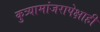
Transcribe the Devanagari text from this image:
कुत्र्यामांजरापेक्षाही